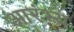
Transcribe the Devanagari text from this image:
आरंभ्य